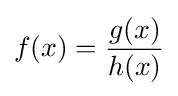
f(x)={\frac {g(x)}{h(x)}}